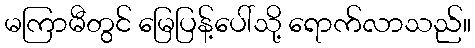
မကြာမီတွင် မြေပြန့်ပေါ်သို့ ရောက်လာသည်။